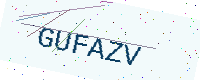
Text: GUFAZV